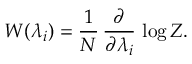
W ( \lambda _ { i } ) = \frac { 1 } { N } \, \frac { \partial } { \partial \lambda _ { i } } \, \log Z .